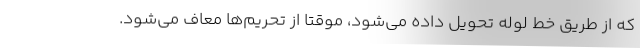
که از طریق خط لوله تحویل داده می‌شود، موقتا از تحریم‌ها معاف می‌شود.